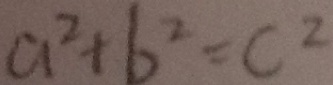
a ^ { 2 } + b ^ { 2 } = c ^ { 2 }